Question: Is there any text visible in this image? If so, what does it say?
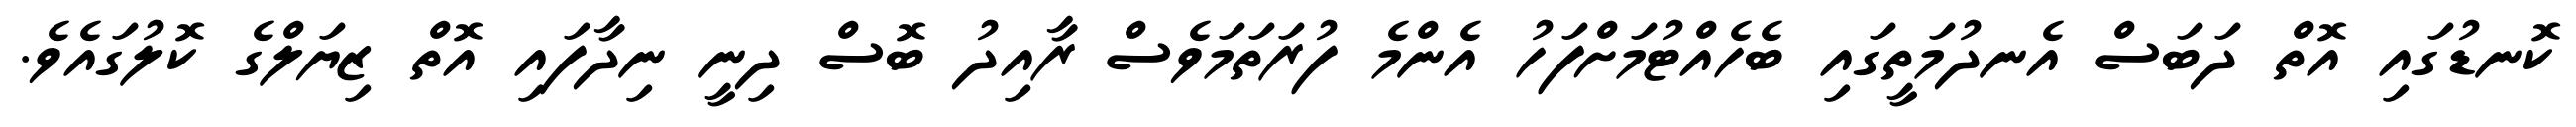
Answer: ކޮނޑުގައި އޮތް ދަބަސް އެނދުމަތީގައި ބެހެއްޓުމަށްފަހު އެންމެ ފުރަތަމަވެސް ރާއިދު ބޮސް ދިނީ ނިދާފައި އޮތް ޒިޔަލްގެ ކޮލުގައެވެ.